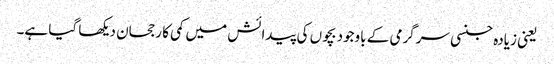
یعنی زیادہ جنسی سرگرمی کے باوجود بچوں کی پیدائش میں کمی کا رجحان دیکھا گیا ہے۔